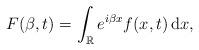
LaTeX: \begin{align*} F(\beta, t) = \int_{\mathbb{R}} e^{i\beta x} f(x,t) \, \mathrm dx, \end{align*}